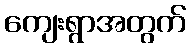
ကျေးရွာအတွက်